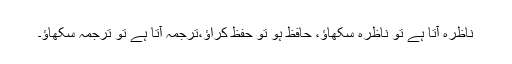
ناظرہ آتا ہے تو ناظرہ سکھاؤ، حافظ ہو تو حفظ کراؤ،ترجمہ آتا ہے تو ترجمہ سکھاؤ۔